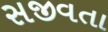
સજીવતા